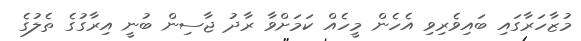
މުޒާހަރާގައި ބައިވެރިވި އެހެން މީހެއް ކަމަށްވާ ރާދު ޖާސިން ބުނީ އިރާގުގެ ތެލުގެ